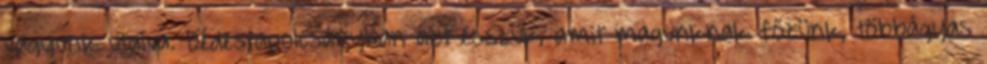
vagyunk utalva. Dédestapolcsányban azt esszük, amit magunknak főzünk, többágyas